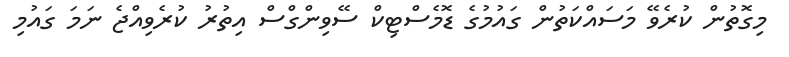
މިގޮތުން ކުރެވޭ މަސައްކަތުން ގައުމުގެ ޑޮމެސްޓިކް ސޭވިންގްސް އިތުރު ކުރެވިއްޖެ ނަމަ ގައުމި